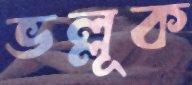
ভল্লূক